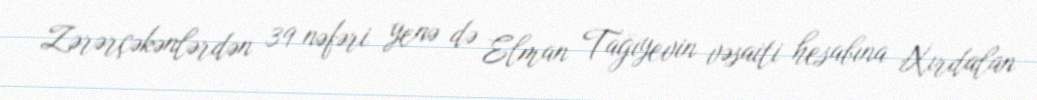
Zərərçəkənlərdən 39 nəfəri yenə də Elman Tağıyevin vəsaiti hesabına Xırdalan